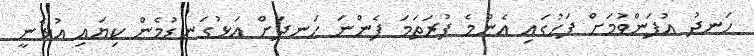
ހަނދު އުފަންވުމަށް ފަހުގައި އެންމެ ފުރަތަމަ ފެންނަ ހަނދަށް އަޅުގަނޑުމެން ކިޔައި އުޅެނީ